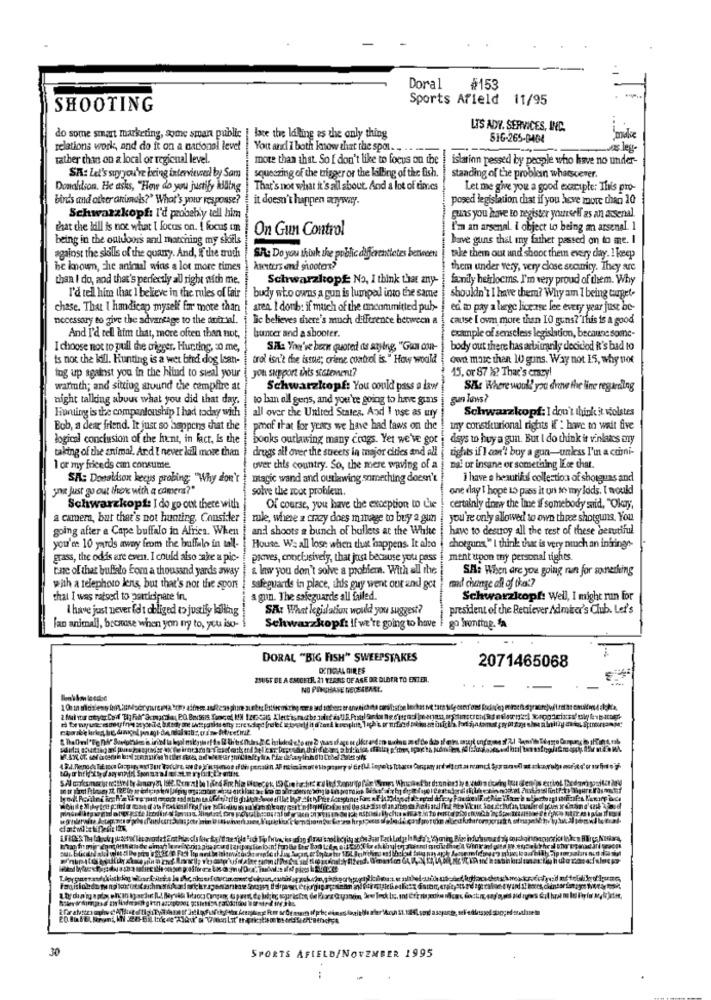
Doral
#153
Sports Afield 11/95
SHOOTING
LIS ADY. SERVICES, INC.
do some smart marketing, Some sman public
Hace the lalling as the only thing
516-265-0404
relations work, and do it on a national level |You and I both know that the spol. .. .
vor leg-
rather than on a local or regional level.
more than that. So I don't like to focus on the
islatinn pessed by people who have no under-
SA: Let's say you're being interviewed by Sam
isqueszing of the trigger or the lalbing of the fish.
standing of the problemn whatsoever.
Donalilson. He asks, "How do you justify Miaing
That's not what it's all about. And a lot of times
Let me give you a good example: This pro-
birds and other animals?" What's your response?
it doesn't happen myway.
posed legislation chat if you have more than 10
Schwarzkopf: I'd probably tell him
guns you have to register yourself as an arsenal.
that the kill is not what I focus on. I focus un
On Gun Control
I'm an arsenal. i object to being an arsenal. 1
being in the outdoors and marching my skils|
have guns thal my father passed on to me. I
against the skills of the quany. And, If the truth
SA: Do you think the public differenttetes between
take them out and shoot thein every day. I keep
be known, che aninul wins a lot more times
kseiters and shooters?
them under very, very close security. They are
than I do, and that's perfectly all right with me.
Schwarzkopf: No, I think that any-
fanily hetrlocms. I'm very proud of them. Why
I'd tell him that I believe in the rules of fair |budy who owns a gun is lumpal into the same
shouldn't I have them? Why am I being target-
chase. That I handicap myself far more than | aren, I donb: if much of the uncommitted pub-
edi to pay a large license lee every year just be-
necessary to give the advantage to the antral.
Bic believes there's much difference between a
cause I ovm more than IO guns?'This is a good
buncer and a shooter.
And I'd tell him that, more often than not,
example of senseless legislation, because some-
I choose not to pull the trigger, Hunting, so me,
SA: You've been quoted as saying, "Gua can-
body out there has arbitrarily deciclod it's bad to
is not the laill. Hunting is a wet btid dog Isan-
trol isn't the issue; crime control is. " How would
own more than 10 guns. Way not IS, why not
tog up against you in the blind to sual your
you support this statement?
15. or 87 X? That's crazy!
warmth; and sitting around the campfire at
Schwarzkopf: You could pass a law
SA: Where would you draw the line regarding
night talking about what you did that day.
to bin all gens, and you're going to have guns
gun laws?
Hipquing is the compuntouship I had today with
Schwarzkopf: I don't think it wolstes
all over the United States. And I use as my
Bob, a dear friend. It just so happens that the
proof that for years we have had laws on the
Iny constitutional rights if : have to wait five
logical conclusion of the hunt, in fact, Is the | books outlawing many crogs. Yet we've got i days to huy a gun. But I do think it vinlaacs try
taking of the animal, And I never kill more than
drugs all over the streets in major cities and all |rights if I can't buy a gun-unless I'm a corni-
1 or my friends can consume
over this country. So, the mere waving of a
Dal ur insane or something ILce that.
SA: Donaldson hecus probing; "Why don't
ntagic wand and outlawing something doesn't
i have a beautiful collection of shotguns and
you just go out there with a camera?"
solve the root problem.
one day I hope to pass it on to my lods. I would
Schwarzkopf: I do go out there with
Of course, you have the exception to Lie
certainly draw the line if somebody said, "Okay,
a camera, but that's not hunting. Consider
mule, where a crazy does manage to buy a gun
you're only allowed to own three shotguns, You
going after a Cape buffalo in Afries. When
and shoots a bunch of bullets at the White
have to desuoy all the rest of these beniful
you're 10 yards away from the buffalo in tall-
House. We all lose when tlust happens. It also
shotguns," I think that is very much an iniringr-
grass, the odds are even. I could also ake a pic-
pioves, conclusively, that just because you pass
ment ttpon ty personal tights.
tane of that buffalo Eom a thousand yards away
& law you don't solve a problem. With all the
SH: When are you going run for something
with a telephoto lens, but that's not the sport
safeguards in place, this guy went our and got
cand change all of that?
that I was ratsed to participate in,
a gun. The safeguards all failed.
Schwarzkopf: Well, I might run for
I have just never felt obliged to justify killing
SA: What legislation would you suggest?
president of the Retriever Admirer's Club. Let's
[an animal], because when you my to, you iso-
Schwarzkopf: if we're going to have
go Wvonttag. fa
DORAL "BIG FISH" SWEEPSTAKES
2071465068
DENIGRA GIRES
ZSUST BE A EMONTH, 21 YEARS OF AGE OR OLDER TO ENTER.
NO PUNCHARE DEGESBASE.
cals Klectismotbs saluti
15. Postal 9
30
SPORTS AFIELD/NOVEMBER 1995